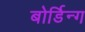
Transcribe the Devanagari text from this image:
बोर्डिन्ग